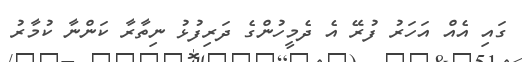
ގައި އެއް އަހަރު ފުރޭ އެ ދެމީހުންގެ ދަރިފުޅު ނިތާރާ ކަންނާ ކުމާރު